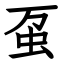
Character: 虿